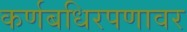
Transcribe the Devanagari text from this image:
कर्णबधिरपणावर